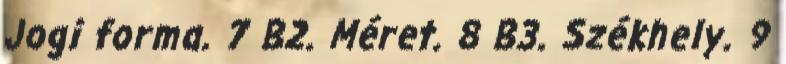
Jogi forma. 7 B2. Méret. 8 B3. Székhely. 9